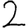
Digit: 2